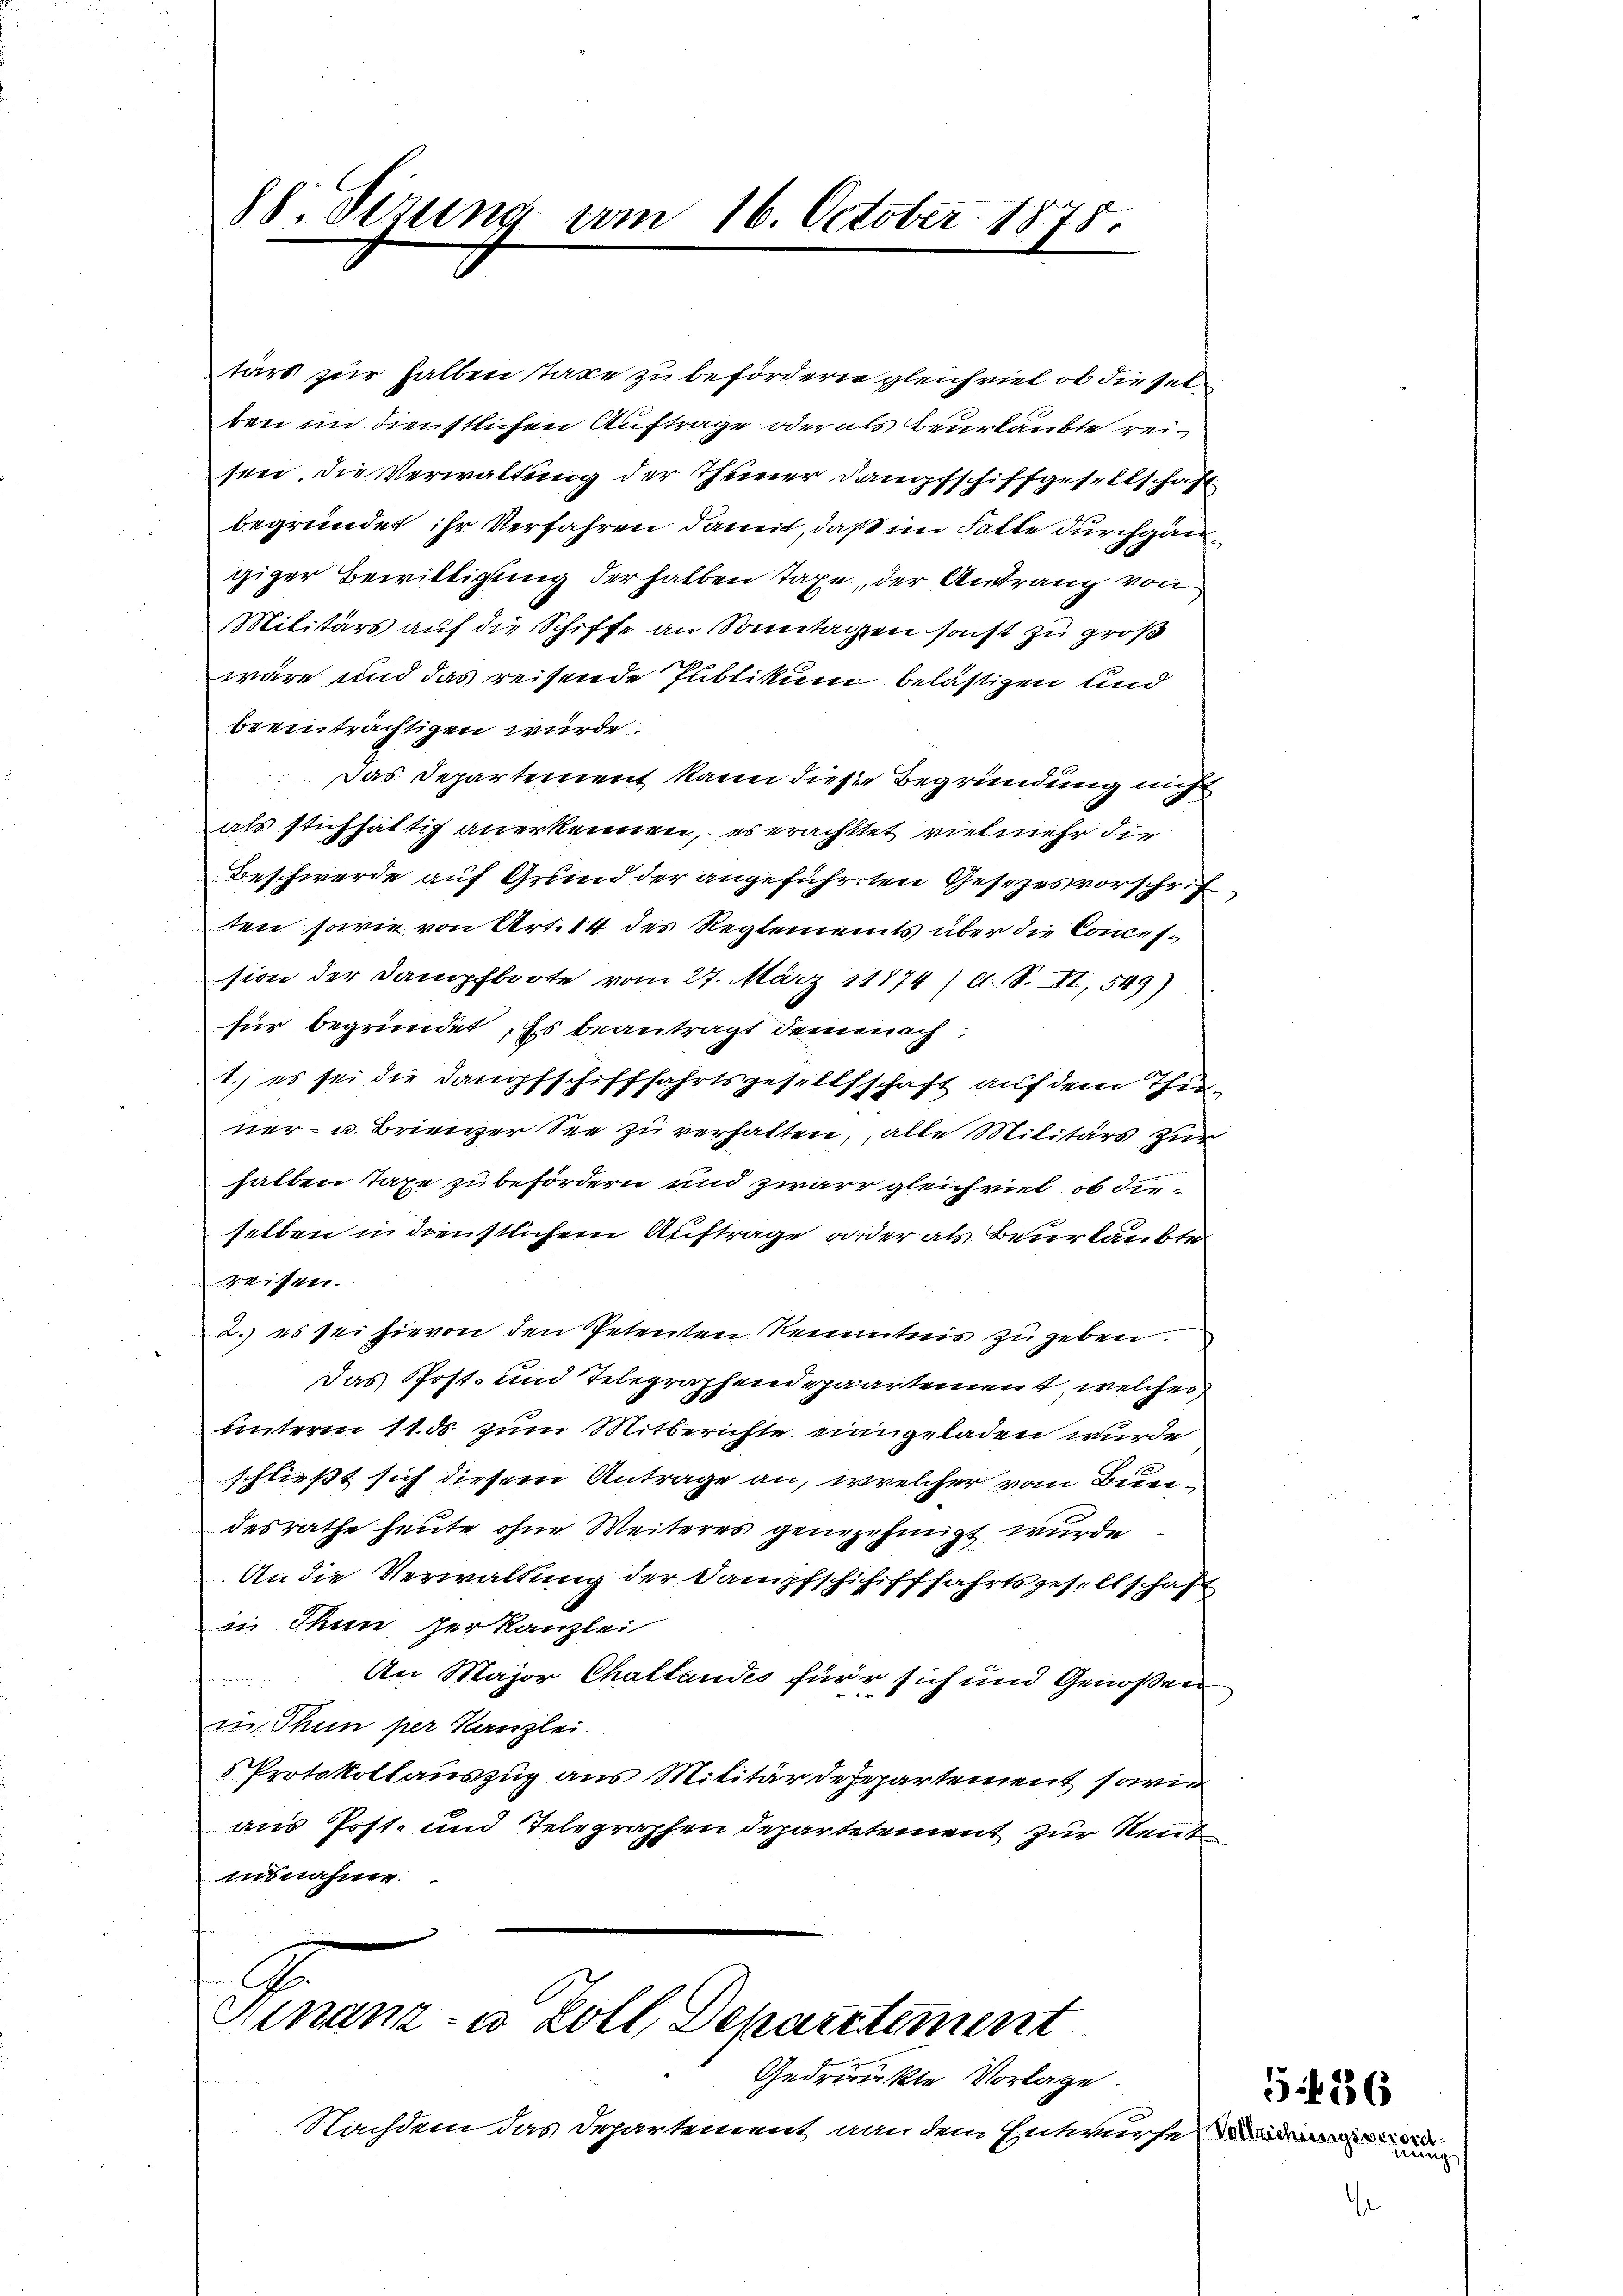
88. Sizung am 16. October 1875.

tärs zur halben tage zu befördern gleichviel ob die selben im dienstlichen Auftrage oder als Beurlaubte reisen. Die Verwaltung der Theiner Dampfschiffgesellschaft
begründet ihr Verfahren damit, daß im Falle durchgangiger Bewilligung der halben Taxe, der Antrang von
Militärs auf die Schiffe an Sonntagen sonst zu groß
wäre und das reisende Publikum belästigen und
beeinträchtigen würde.
Das Departement kann diese Begründung nicht
als stichhältig anerkennen, es erachtet vielmehr die
Beschwerde auf Grund der angeführten Gesezesvorschrif
ten sowie von Art. 14 des Reglements über die Concession der Dampfboote vom 27. März 11774) A. S. II, 549)
für begründet. Es beantragt, demnach
1.) es sei die Dampfschifffahrtsgesellschaft auf dem Thur-
ner- u. Brienzer See zu verhalten, alle Militärs zur
halben Taxe zu befördern und zwar gleichviel, ob dieselben in dienstlichem Auftrage weder als Beurlaubte
reisen.
2.) es sei hievon den Petenten Kenntnis zu geben.
Das Post- und Telegraphendepaartement welches
unterm 11. ds zum Mitberichte eingeladen wurde
schließt sich diesem Antrage an, welcher vom Bundesrathe heute ohne Weiteres genezehinigt wurde
An die Verwaltung der Dampfschichifffahrtsgesellschaft
in Thun der Kanzlei

An Major Challandes für sich und Genoßen
1
in. Thun per Kanzlei.
Protokollauszug aus Militär desepartement sowie
aus Post- und Telegraphen Departetement zur Rent
nisnahme.

G
Ginanz- u. Zoll, Departement

Gedrückte Vorlage.
Nachdem das Departement, von dem Entwurfe Wider

a

aug

5 436